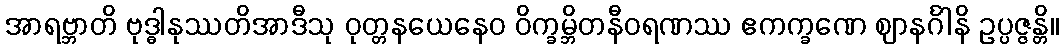
အာရဗ္ဘာတိ ဗုဒ္ဓါနုဿတိအာဒီသု ဝုတ္တနယေနေဝ ဝိက္ခမ္ဘိတနီဝရဏဿ ဧကက္ခဏေ ဈာနင်္ဂါနိ ဥပ္ပဇ္ဇန္တိ။